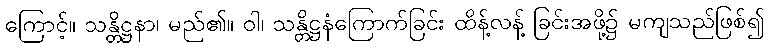
ကြောင့်။ သန္တိဋ္ဌနာ၊ မည်၏။ ဝါ၊ သန္တိဋ္ဌနံကြောက်ခြင်း ထိန့်လန့် ခြင်းအဖို့၌ မကျသည်ဖြစ်၍